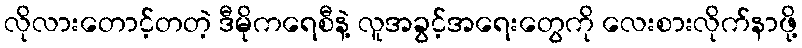
လိုလားတောင့်တတဲ့ ဒီမိုကရေစီနဲ့ လူအခွင့်အရေးတွေကို လေးစားလိုက်နာဖို့